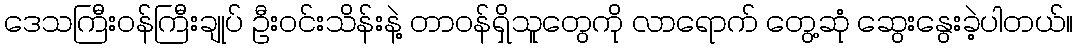
ဒေသကြီးဝန်ကြီးချုပ် ဦးဝင်းသိန်းနဲ့ တာဝန်ရှိသူတွေကို လာရောက် တွေ့ဆုံ ဆွေးနွေးခဲ့ပါတယ်။